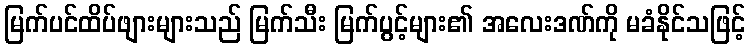
မြက်ပင်ထိပ်ဖျားများသည် မြက်သီး မြက်ပွင့်များ၏ အလေးဒဏ်ကို မခံနိုင်သဖြင့်